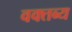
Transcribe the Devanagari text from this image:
वक्‍तब्‍य